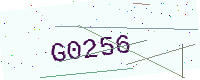
Text: G0256